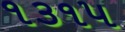
૧૩૧૫